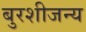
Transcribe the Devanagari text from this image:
बुरशीजन्य